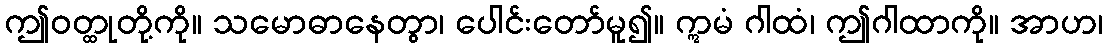
ဤဝတ္ထုတို့ကို။ သမောဓာနေတွာ၊ ပေါင်းတော်မူ၍။ ဣမံ ဂါထံ၊ ဤဂါထာကို။ အာဟ၊